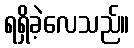
ရရှိခဲ့လေသည်။